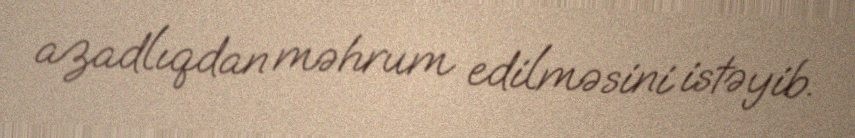
azadlıqdan məhrum edilməsini istəyib.